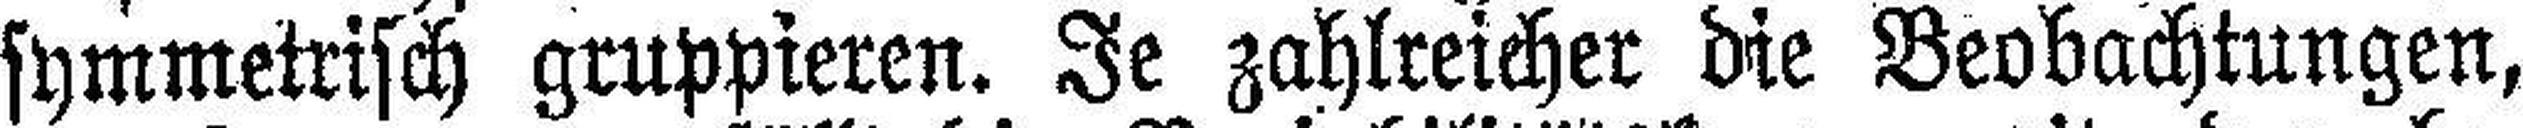
symmetrisch gruppieren. Je zahlreicher die Beobachtungen,